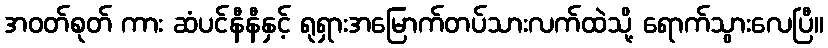
အဝတ်စုတ် ကား ဆံပင်နီနီနှင့် ရုရှားအမြောက်တပ်သားလက်ထဲသို့ ရောက်သွားလေပြီ။